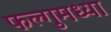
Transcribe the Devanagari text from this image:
फल्गुमध्या